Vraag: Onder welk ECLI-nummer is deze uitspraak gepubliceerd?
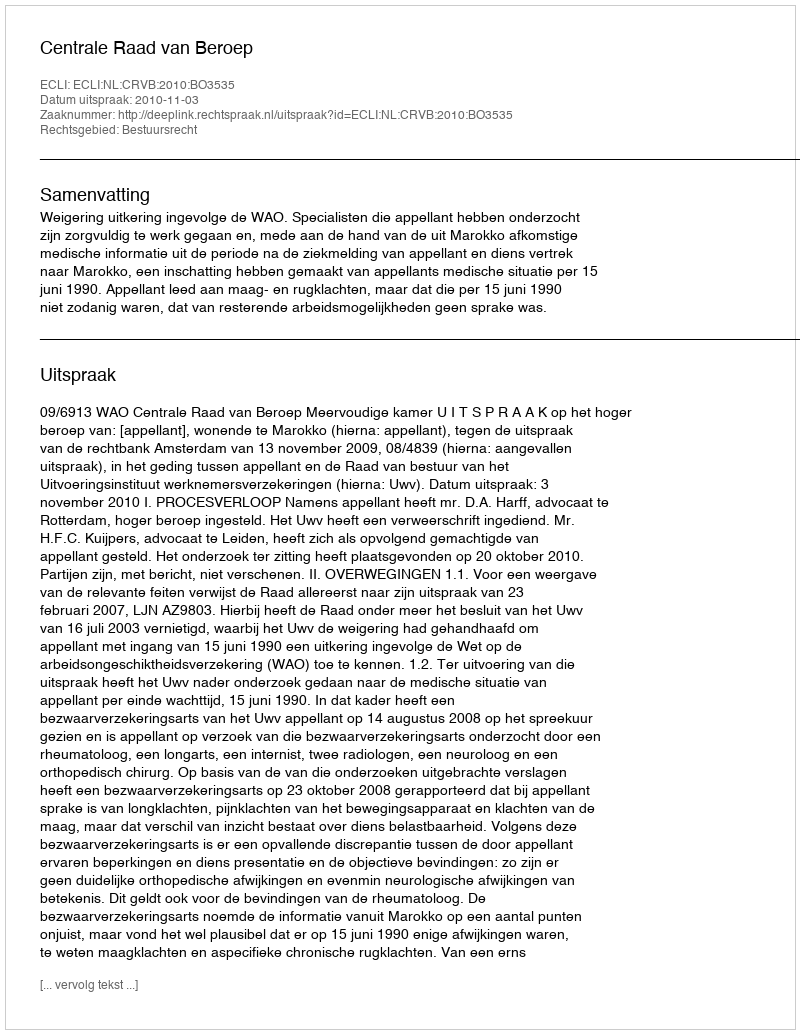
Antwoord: ECLI:NL:CRVB:2010:BO3535